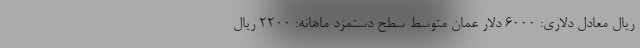
ریال معادل دلاری: ۶۰۰۰ دلار عمان متوسط سطح دستمزد ماهانه: ۲۲۰۰ ریال